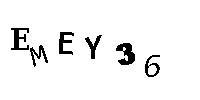
EMEY36